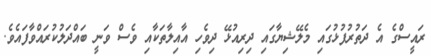
ރައީސްގެ އެ ދަތުރުފުޅުގައި މެލޭޝިޔާގައި ދިރިއުޅޭ ދިވެހި އާއިލާތަކާއި ވެސް ވަނީ ބައްދަލުކުރައްވާފަައެވެ.